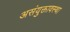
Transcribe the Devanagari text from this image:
असंयुक्तावस्था